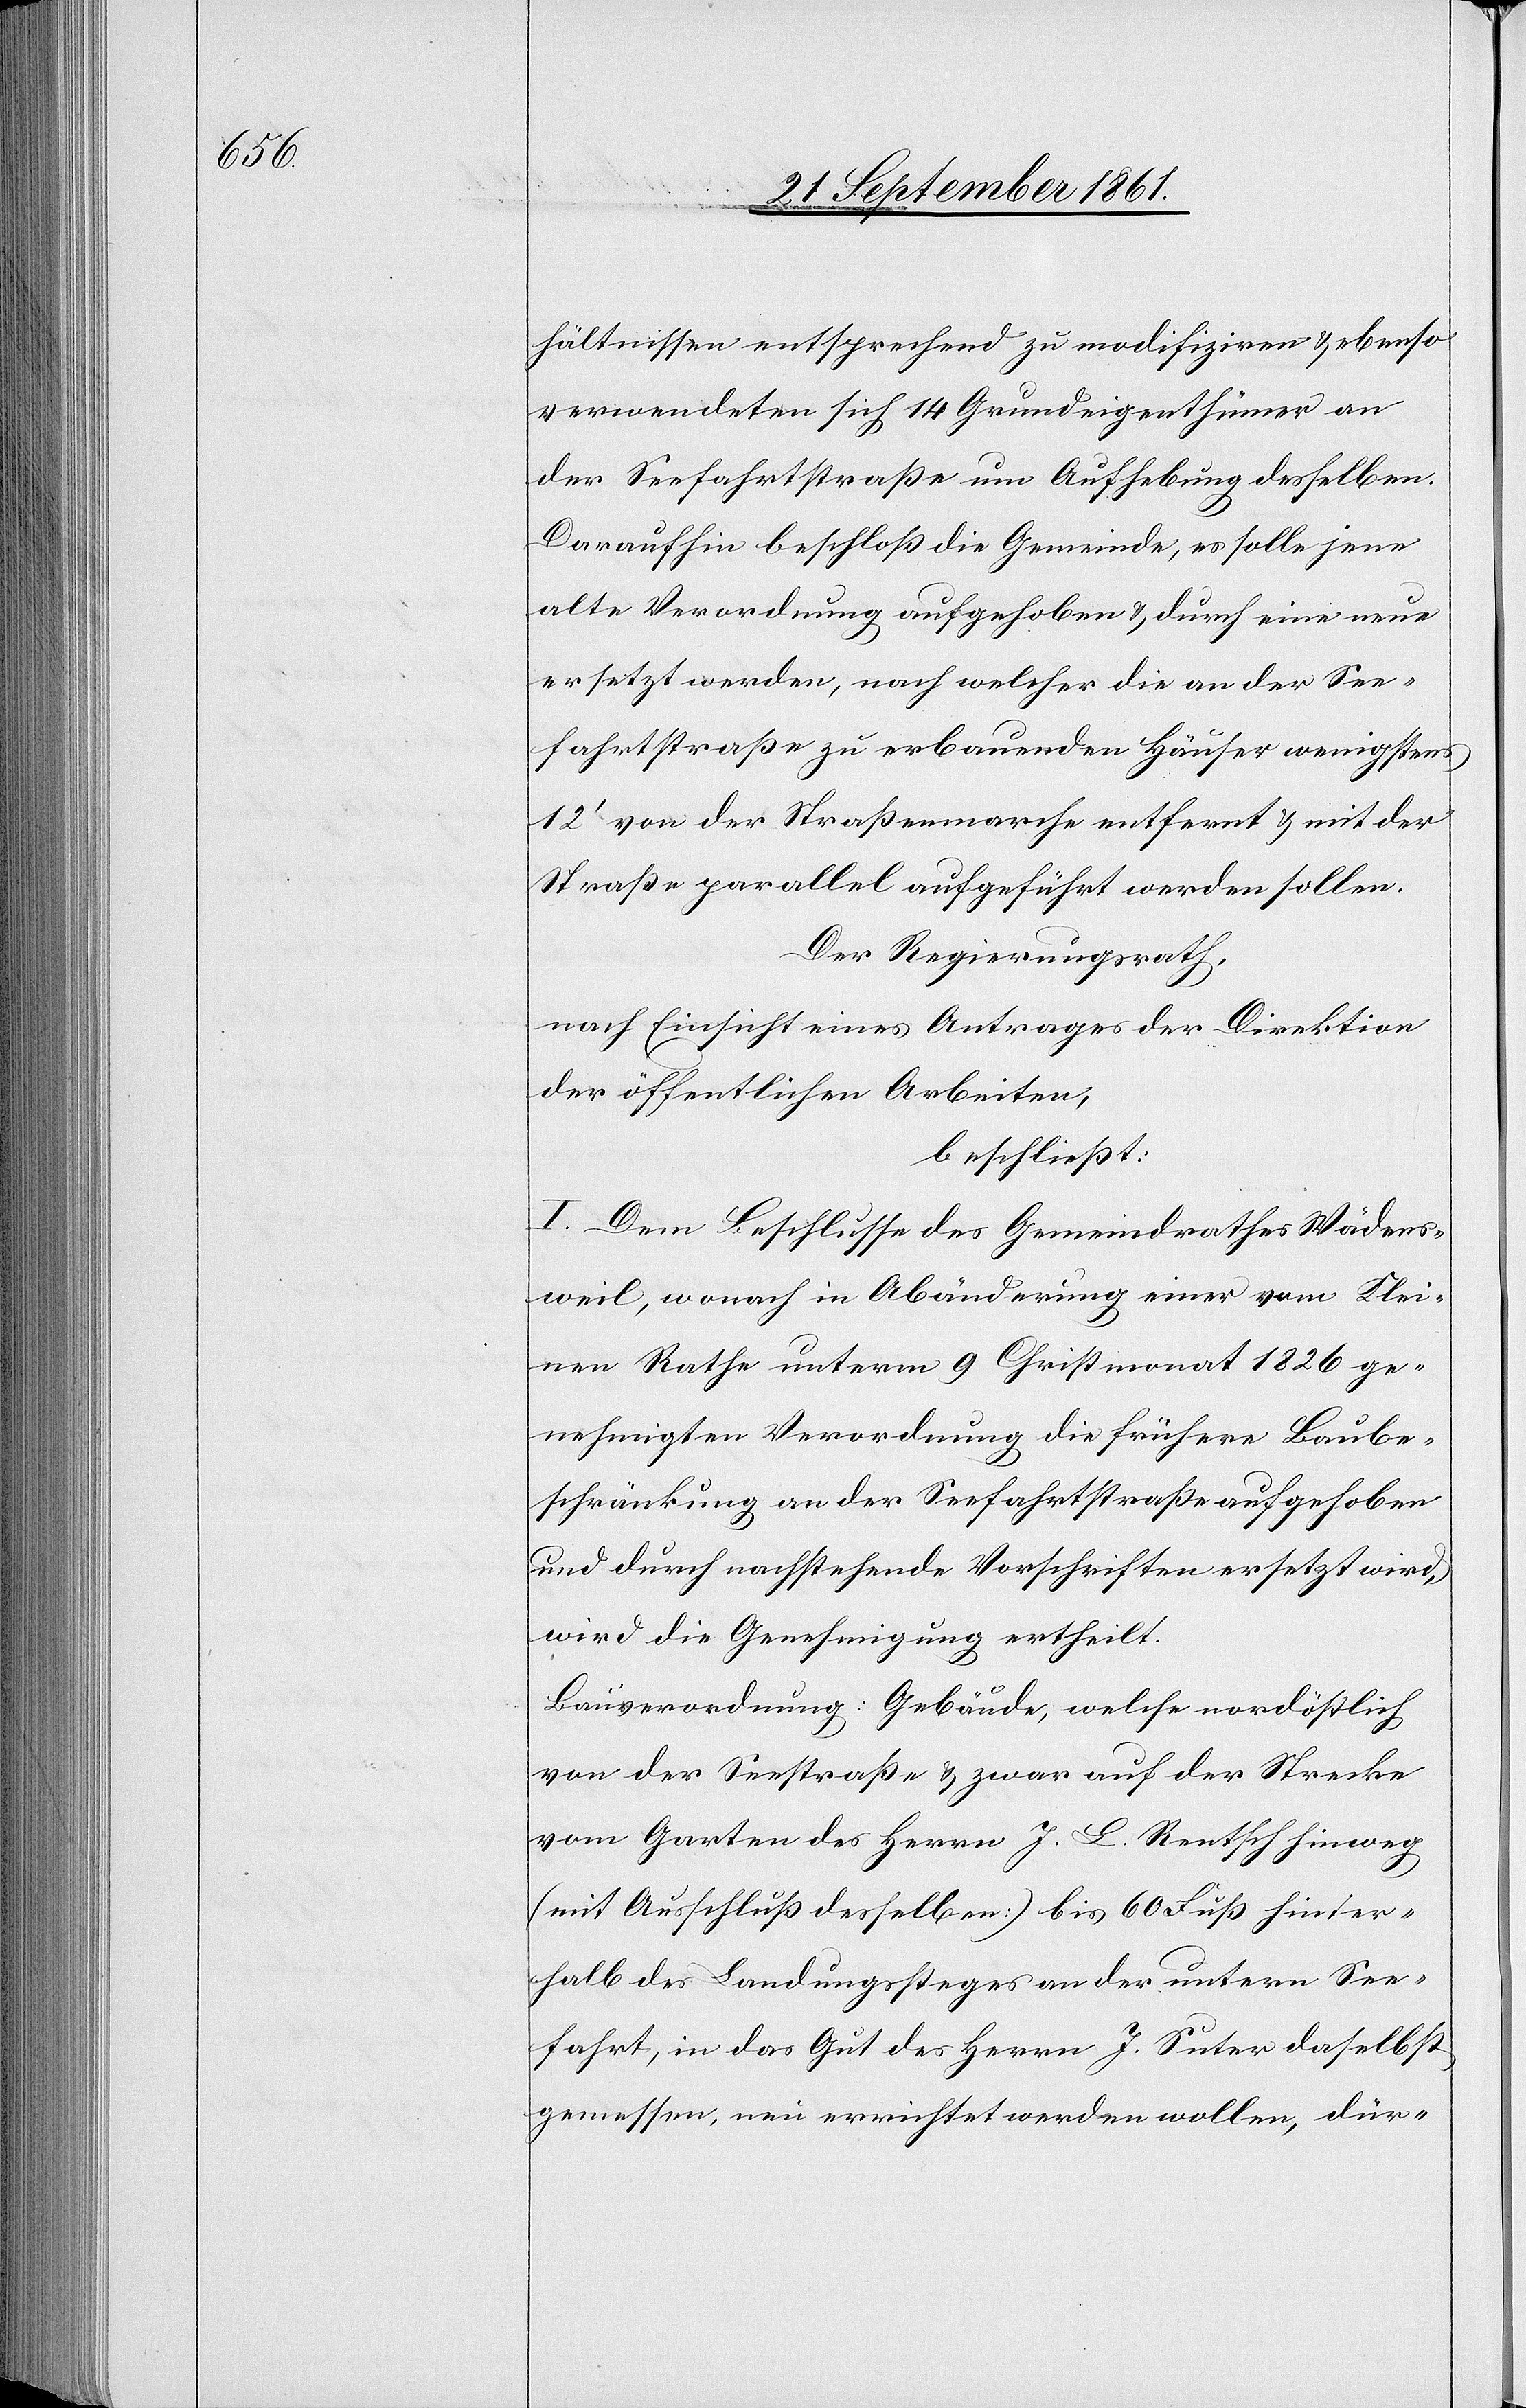
hältnissen entsprechend zu modifiziren u. ebenso
verwendeten sich 14 Grundeigenthümer an
der Seefahrtstraße um Aufhebung desselben.
Daraufhin beschloß die Gemeinde, es solle jene
alte Verordnung aufgehoben u. durch eine neue
ersetzt werden, nach welcher die an der See¬
fahrtstraße zu erbauenden Häuser wenigstens
12’ von der Straßenmarche entfernt u. mit der
Straße parallel aufgeführt werden sollen.
Der Regierungsrath,
nach Einsicht eines Antrages der Direktion
der öffentlichen Arbeiten;
beschließt:
I. Dem Beschlusse des Gemeindrathes Wädens¬
weil, wonach in Abänderung einer vom Klei¬
nen Rathe unterm 9 Christmonat 1826 ge¬
nehmigten Verordnung die frühere Baube¬
schränkung an der Seefahrtstraße aufgehoben
und durch nachstehende Vorschriften ersetzt wird,
wird die Genehmigung ertheilt.
Bauverordnung: Gebäude, welche nordöstlich
von der Seestraße u. zwar auf der Strecke
vom Garten des Herrn J. L. Rentsch hinweg
(mit Ausschluß desselben) bis 60 Fuß hinter¬
halb des Landungsteges an der untern See¬
fahrt, in das Gut des Herrn J. Suter daselbst
gemessen, neu errichtet werden wollen, dür-